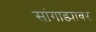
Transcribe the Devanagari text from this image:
सांगाड्यावर